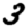
Digit: 3